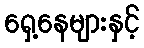
ရှေ့နေများနှင့်